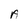
Character: A